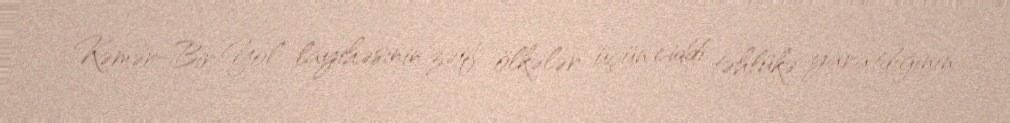
Kəmər-Bir Yol” layihəsinin zəif ölkələr üçün ciddi təhlükə yaratdığının